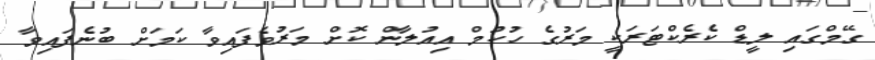
ގޭމްގައި ލީޑް ކެރެކްޓަރަކީ މަރުގެ ހުކުމް އިއުލާން ކޮށް މަރުވެފައިވާ ކަމަށް ބުނެފައިވާ